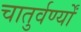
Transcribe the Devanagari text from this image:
चातुर्वर्ण्यों